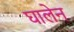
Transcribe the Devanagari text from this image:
घालेन